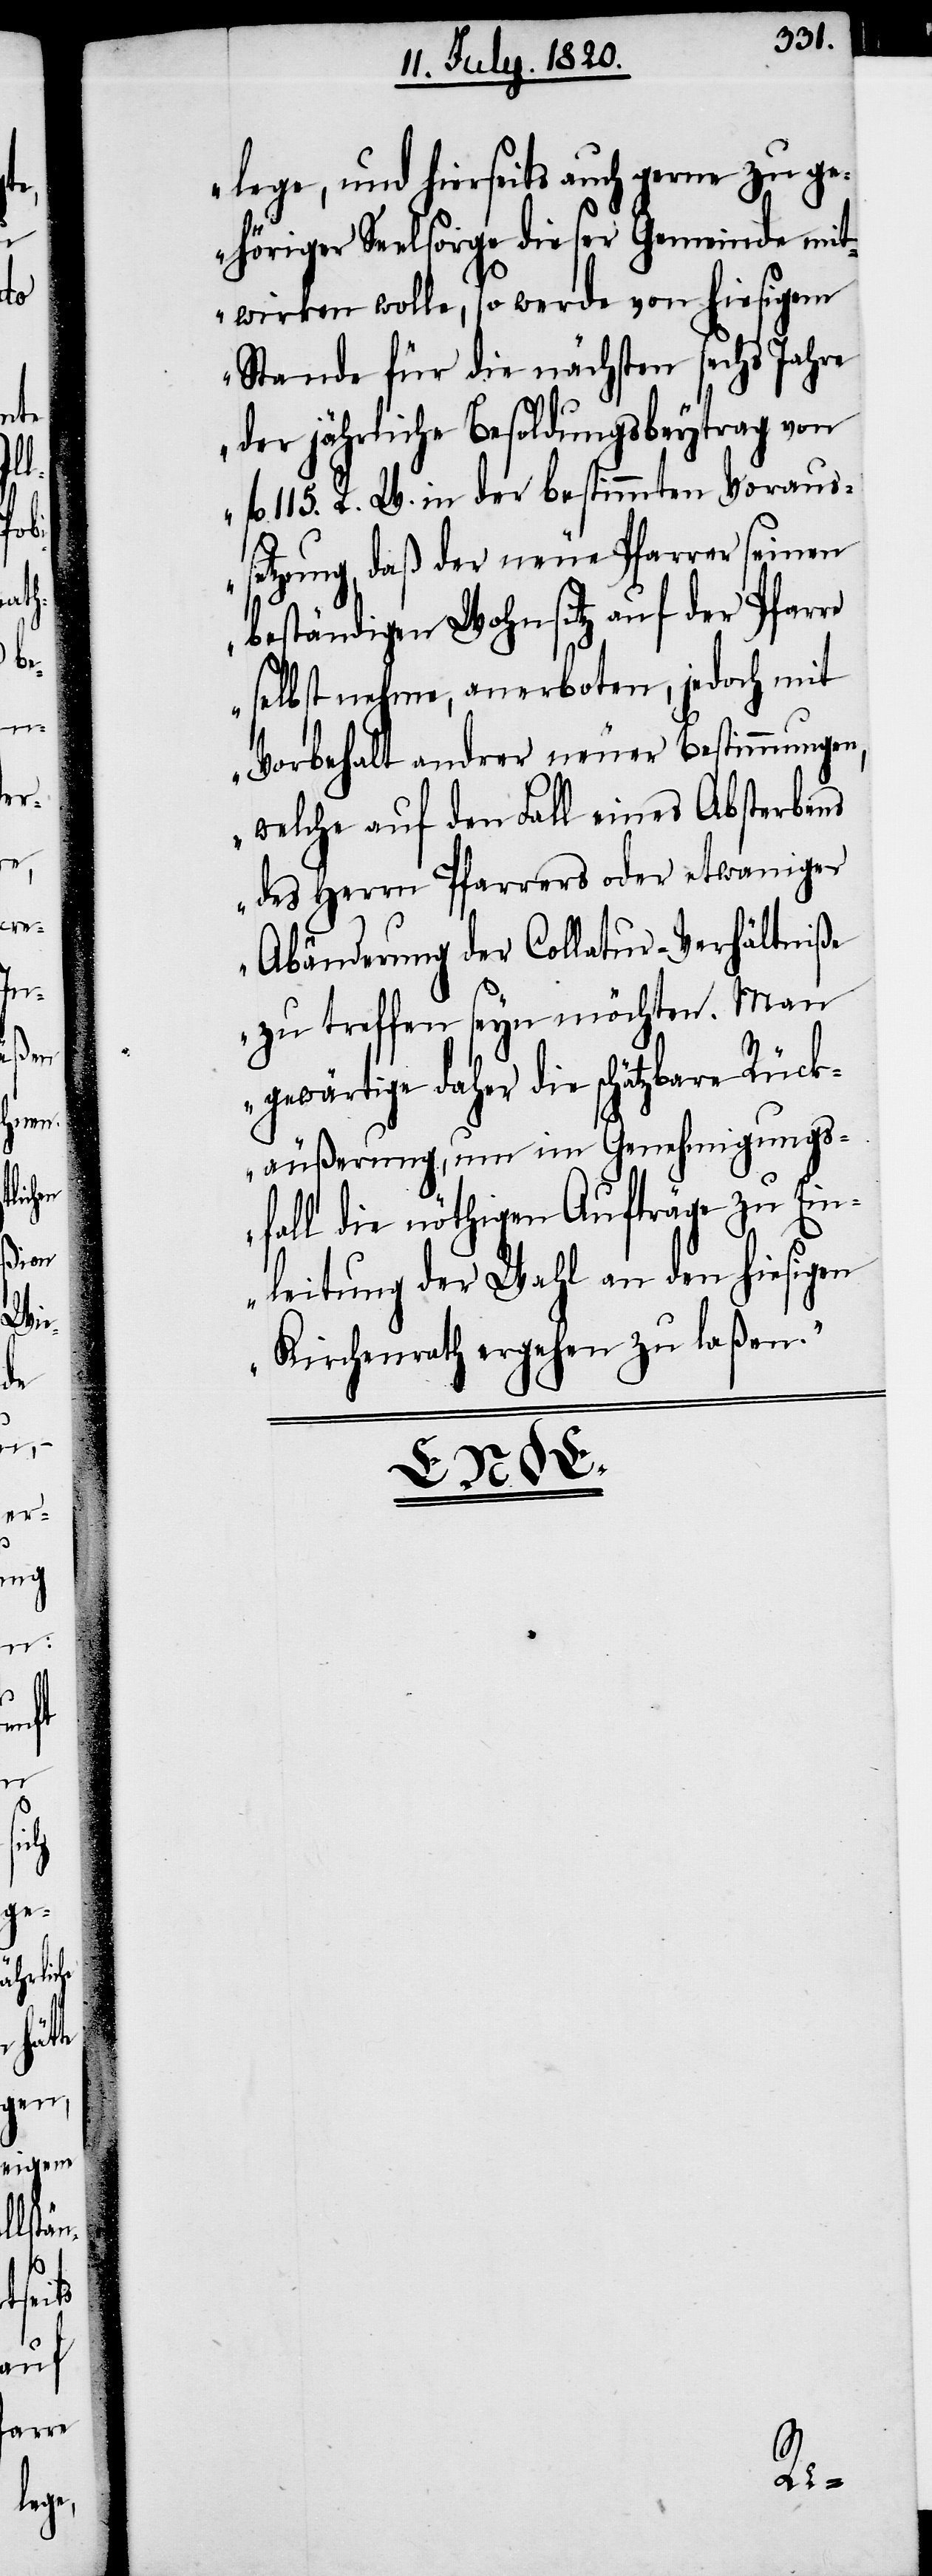
lege, und hierseits auch gerne zu ge¬
höriger Seelsorge dieser Gemeinde mit¬
wirken wolle, so werde von hiesigem
Stande für die nächsten sechs Jahre
der jährliche Besodlungsbeytrag von
fl 115. R. W. in der bestimmten Voraus¬
setzung, daß der neue Pfarrer seinen
beständigen Wohnsitz auf der Pfarre
selbst nehme, anerboten, jedoch mit
Vorbehalt andrer neuer Bestimmungen,
welche auf den Fall eines Absterbens
des Herrn Pfarrers oder etweniger
Abänderung der Collatur-Verhältniße
zu treffen seyn möchten. Man
gewärtige daher die schätzbare Rück¬
äußerung, um im Genehmigungs¬
fall die nöthigen Aufträge zu Ein¬
leitung der Wahl an den hiesigen
Kirchenrath ergehen zu laßen.“